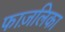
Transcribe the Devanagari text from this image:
फाज़लिका